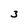
Character: 3